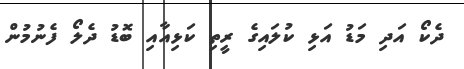
ދެކޯ އަދި މަޑު އަޅި ކުލައިގެ ރީތި ކަޅިއާއި ބޮޑު ދެލޯ ފެނުމުން